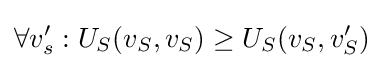
\forall v'_{s}:U_{S}(v_{S},v_{S})\geq U_{S}(v_{S},v'_{S})